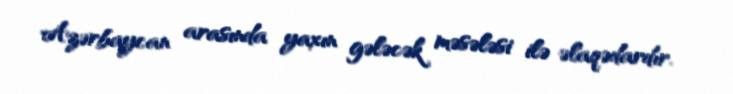
Azərbaycan arasında yaxın gələcək məsələsi ilə əlaqədardır.